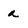
Character: a